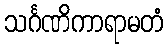
သင်္ဂဏိကာရာမတံ